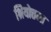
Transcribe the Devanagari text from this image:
श्रियोत्तमा